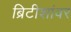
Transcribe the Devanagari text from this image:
ब्रिटीशांवर